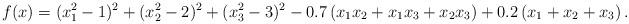
LaTeX: \begin{align*} f(x) = (x_1^2 - 1)^2 + (x_2^2 - 2)^2 + (x_3^2 - 3)^2 - 0.7\,(x_1 x_2 + x_1 x_3 + x_2 x_3)+ 0.2\,(x_1 + x_2 + x_3)\,.\end{align*}